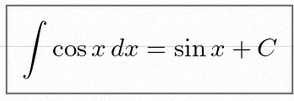
\int \cos x\,dx=\sin x+C